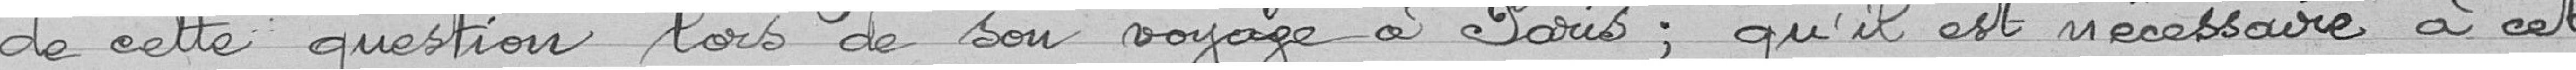
de cette question lors de son voyage à Paris ; qu'il est nécessaire à cet